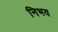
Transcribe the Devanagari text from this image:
निभय